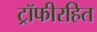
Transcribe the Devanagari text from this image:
ट्रॉफीरहित